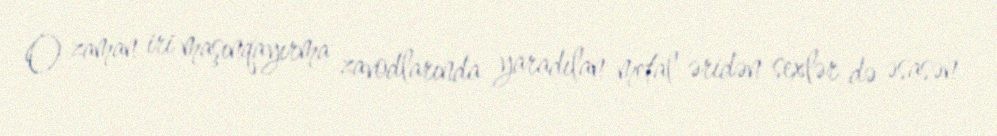
O zaman iri maşınqayırma zavodlarında yaradılan metal əridən sexlər də əsasən